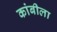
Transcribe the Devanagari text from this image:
कांबीला